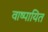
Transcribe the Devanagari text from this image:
वाष्पायित